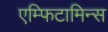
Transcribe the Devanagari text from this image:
एम्फिटामिन्स